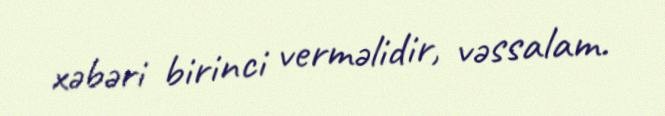
xəbəri birinci verməlidir, vəssalam.